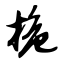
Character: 桅